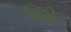
ઊઠી